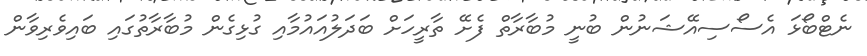
ނެޓްބޯޅަ އެސޯސިއޭޝަނުން ބުނީ މުބާރާތް ފެށޭ ތާރީހަށް ބަދަލުއައުމާއި ގުޅިގެން މުބާރާތުގައި ބައިވެރިވާން